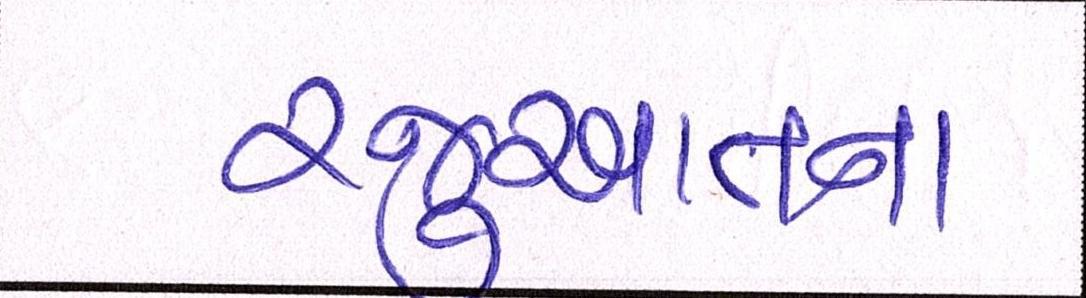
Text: રજુઆતના